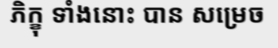
ភិក្ខុ ទាំងនោះ បាន សម្រេច